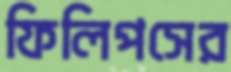
ফিলিপসের